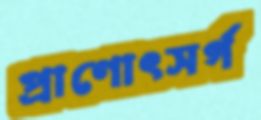
প্রাণোৎসর্গ